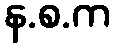
န.စ.က